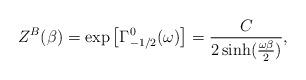
LaTeX: \begin{align*}Z^{B}(\beta) = \exp\left[\Gamma_{-1/2}^{0}(\omega)\right]= {C\over 2 \sinh ({\omega\beta\over2})},\end{align*}